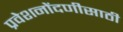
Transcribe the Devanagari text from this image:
प्रवेशनोंदणीसाठी